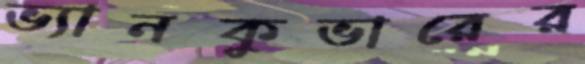
ভ্যানকুভারের